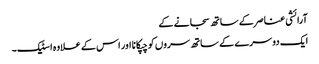
آرائشی عناصر کے ساتھ سجانے کے
ایک دوسرے کے ساتھ سروں کو چپکانا اور اس کے علاوہ اسٹیک۔